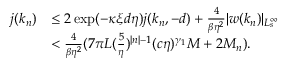
\begin{array} { r l } { j ( k _ { n } ) } & { \le 2 \exp ( - \kappa \xi d \eta ) j ( k _ { n } , - d ) + \frac 4 { \beta \eta ^ { 2 } } \vert w ( k _ { n } ) \vert _ { L _ { s } ^ { \infty } } } \\ & { < \frac 4 { \beta \eta ^ { 2 } } ( 7 \pi L ( \frac 5 \eta ) ^ { \vert n \vert - 1 } ( c \eta ) ^ { \gamma _ { 1 } } M + 2 M _ { n } ) . } \end{array}